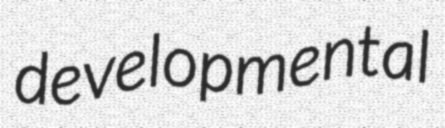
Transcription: developmental